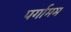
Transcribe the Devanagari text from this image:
पर्गामम